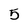
Character: 5